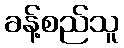
ခန့်စည်သူ